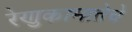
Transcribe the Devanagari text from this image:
रेणुकामातेचे